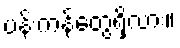
ပန်းကန်တွေရှိလား။